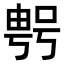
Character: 𠸮